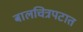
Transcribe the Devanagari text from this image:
बालचित्रपटात